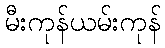
မီးကုန်ယမ်းကုန်